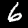
Label: 6